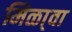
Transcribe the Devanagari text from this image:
मिळा्वा